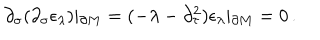
\partial _ { \sigma } ( \partial _ { \sigma } \epsilon _ { \lambda } ) \vert _ { \partial M } = ( - \lambda - \partial _ { \tau } ^ { 2 } ) \epsilon _ { \lambda } \vert _ { \partial M } = 0 \, .